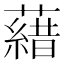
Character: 𮒖